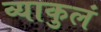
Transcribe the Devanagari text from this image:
व्याकुलं